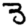
Digit: 3